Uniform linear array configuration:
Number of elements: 12
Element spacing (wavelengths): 0.25
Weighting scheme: blackman
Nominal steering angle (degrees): -30
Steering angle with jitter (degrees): -31.138
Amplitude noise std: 0.05
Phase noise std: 0.05

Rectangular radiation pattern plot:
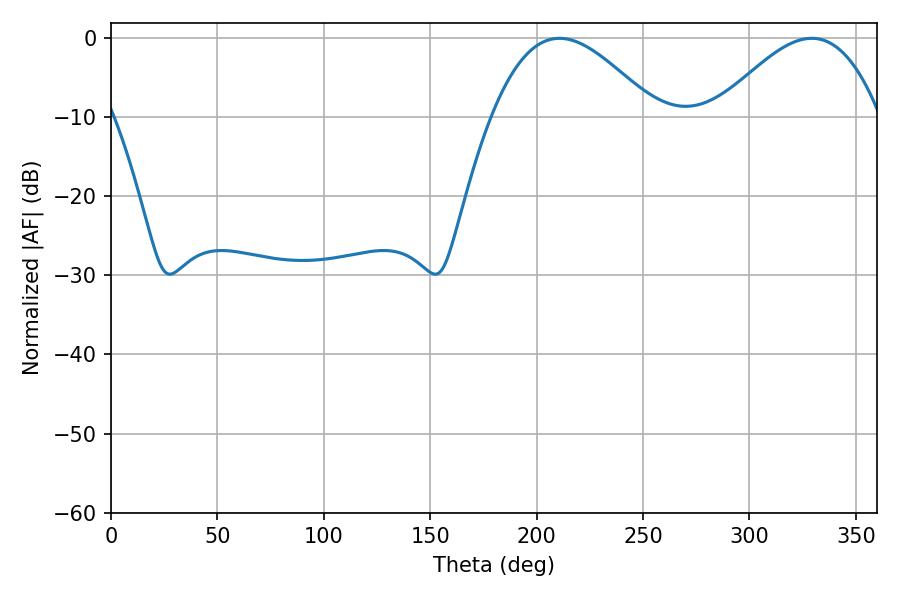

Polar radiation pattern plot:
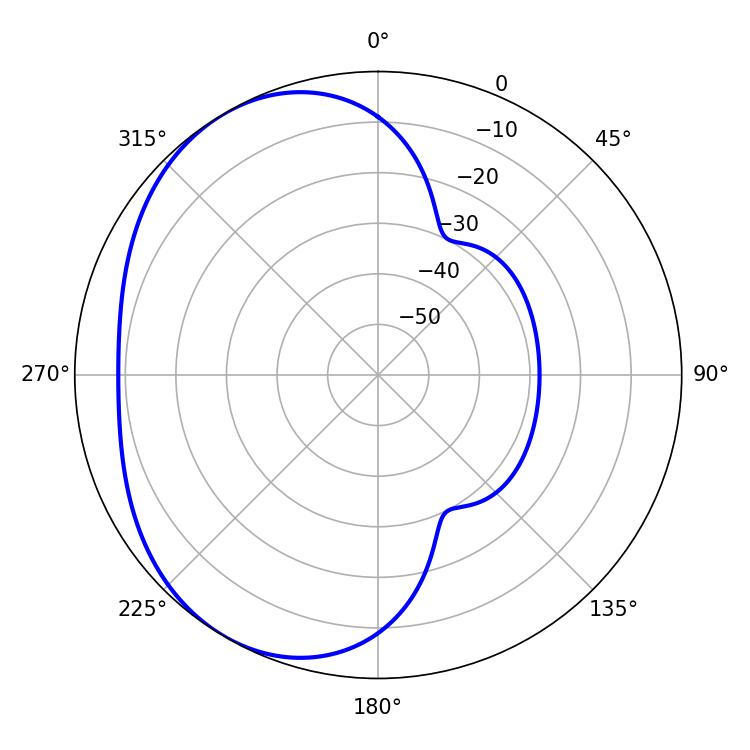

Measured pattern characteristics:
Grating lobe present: FALSE
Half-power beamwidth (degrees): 41.58
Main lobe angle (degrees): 210.78